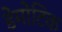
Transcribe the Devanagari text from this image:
डेमोटिक